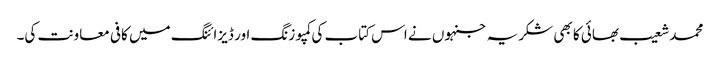
محمد شعیب بھائی کا بھی شکریہ جنہوں نے اس کتاب کی کمپوزنگ اور ڈیزائنگ میں کافی معاونت کی۔